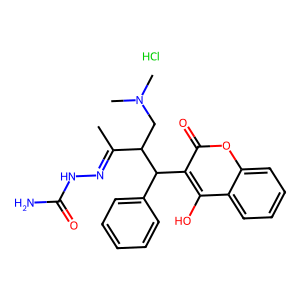
SMILES: CC(=NNC(N)=O)C(CN(C)C)C(c1ccccc1)c1c(O)c2ccccc2oc1=O.Cl
Inhibits HIV replication: No